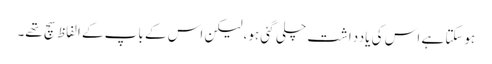
ہوسکتا ہے اس کی یادداشت چلی گئی ہو، لیکن اس کے باپ کے الفاظ سچ تھے۔